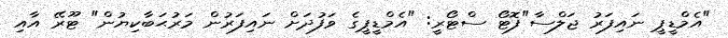
"އެމްޑީޕީ ނައިފަރު ޖަލްސާ"ފޮޓޯ ސްޓޯރީ: "އެމްޑީޕީގެ ވަފުދަށް ނައިފަރުން މަރުޙަބާކިޔުން" ޓޫރޭ އާއި